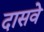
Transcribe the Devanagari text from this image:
दासवे